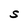
Character: S